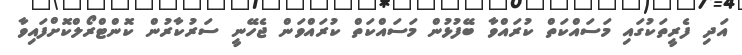
އަދި ފެރީތަކުގައި މަސައްކަތް ކުރައްވާ ބޭފުޅުން މަސައްކަތް ކުރައްވަން ޖެހޭނީ ސަރުކާރުން ކޮންޓްރޯލްކޮށްފައިވާ